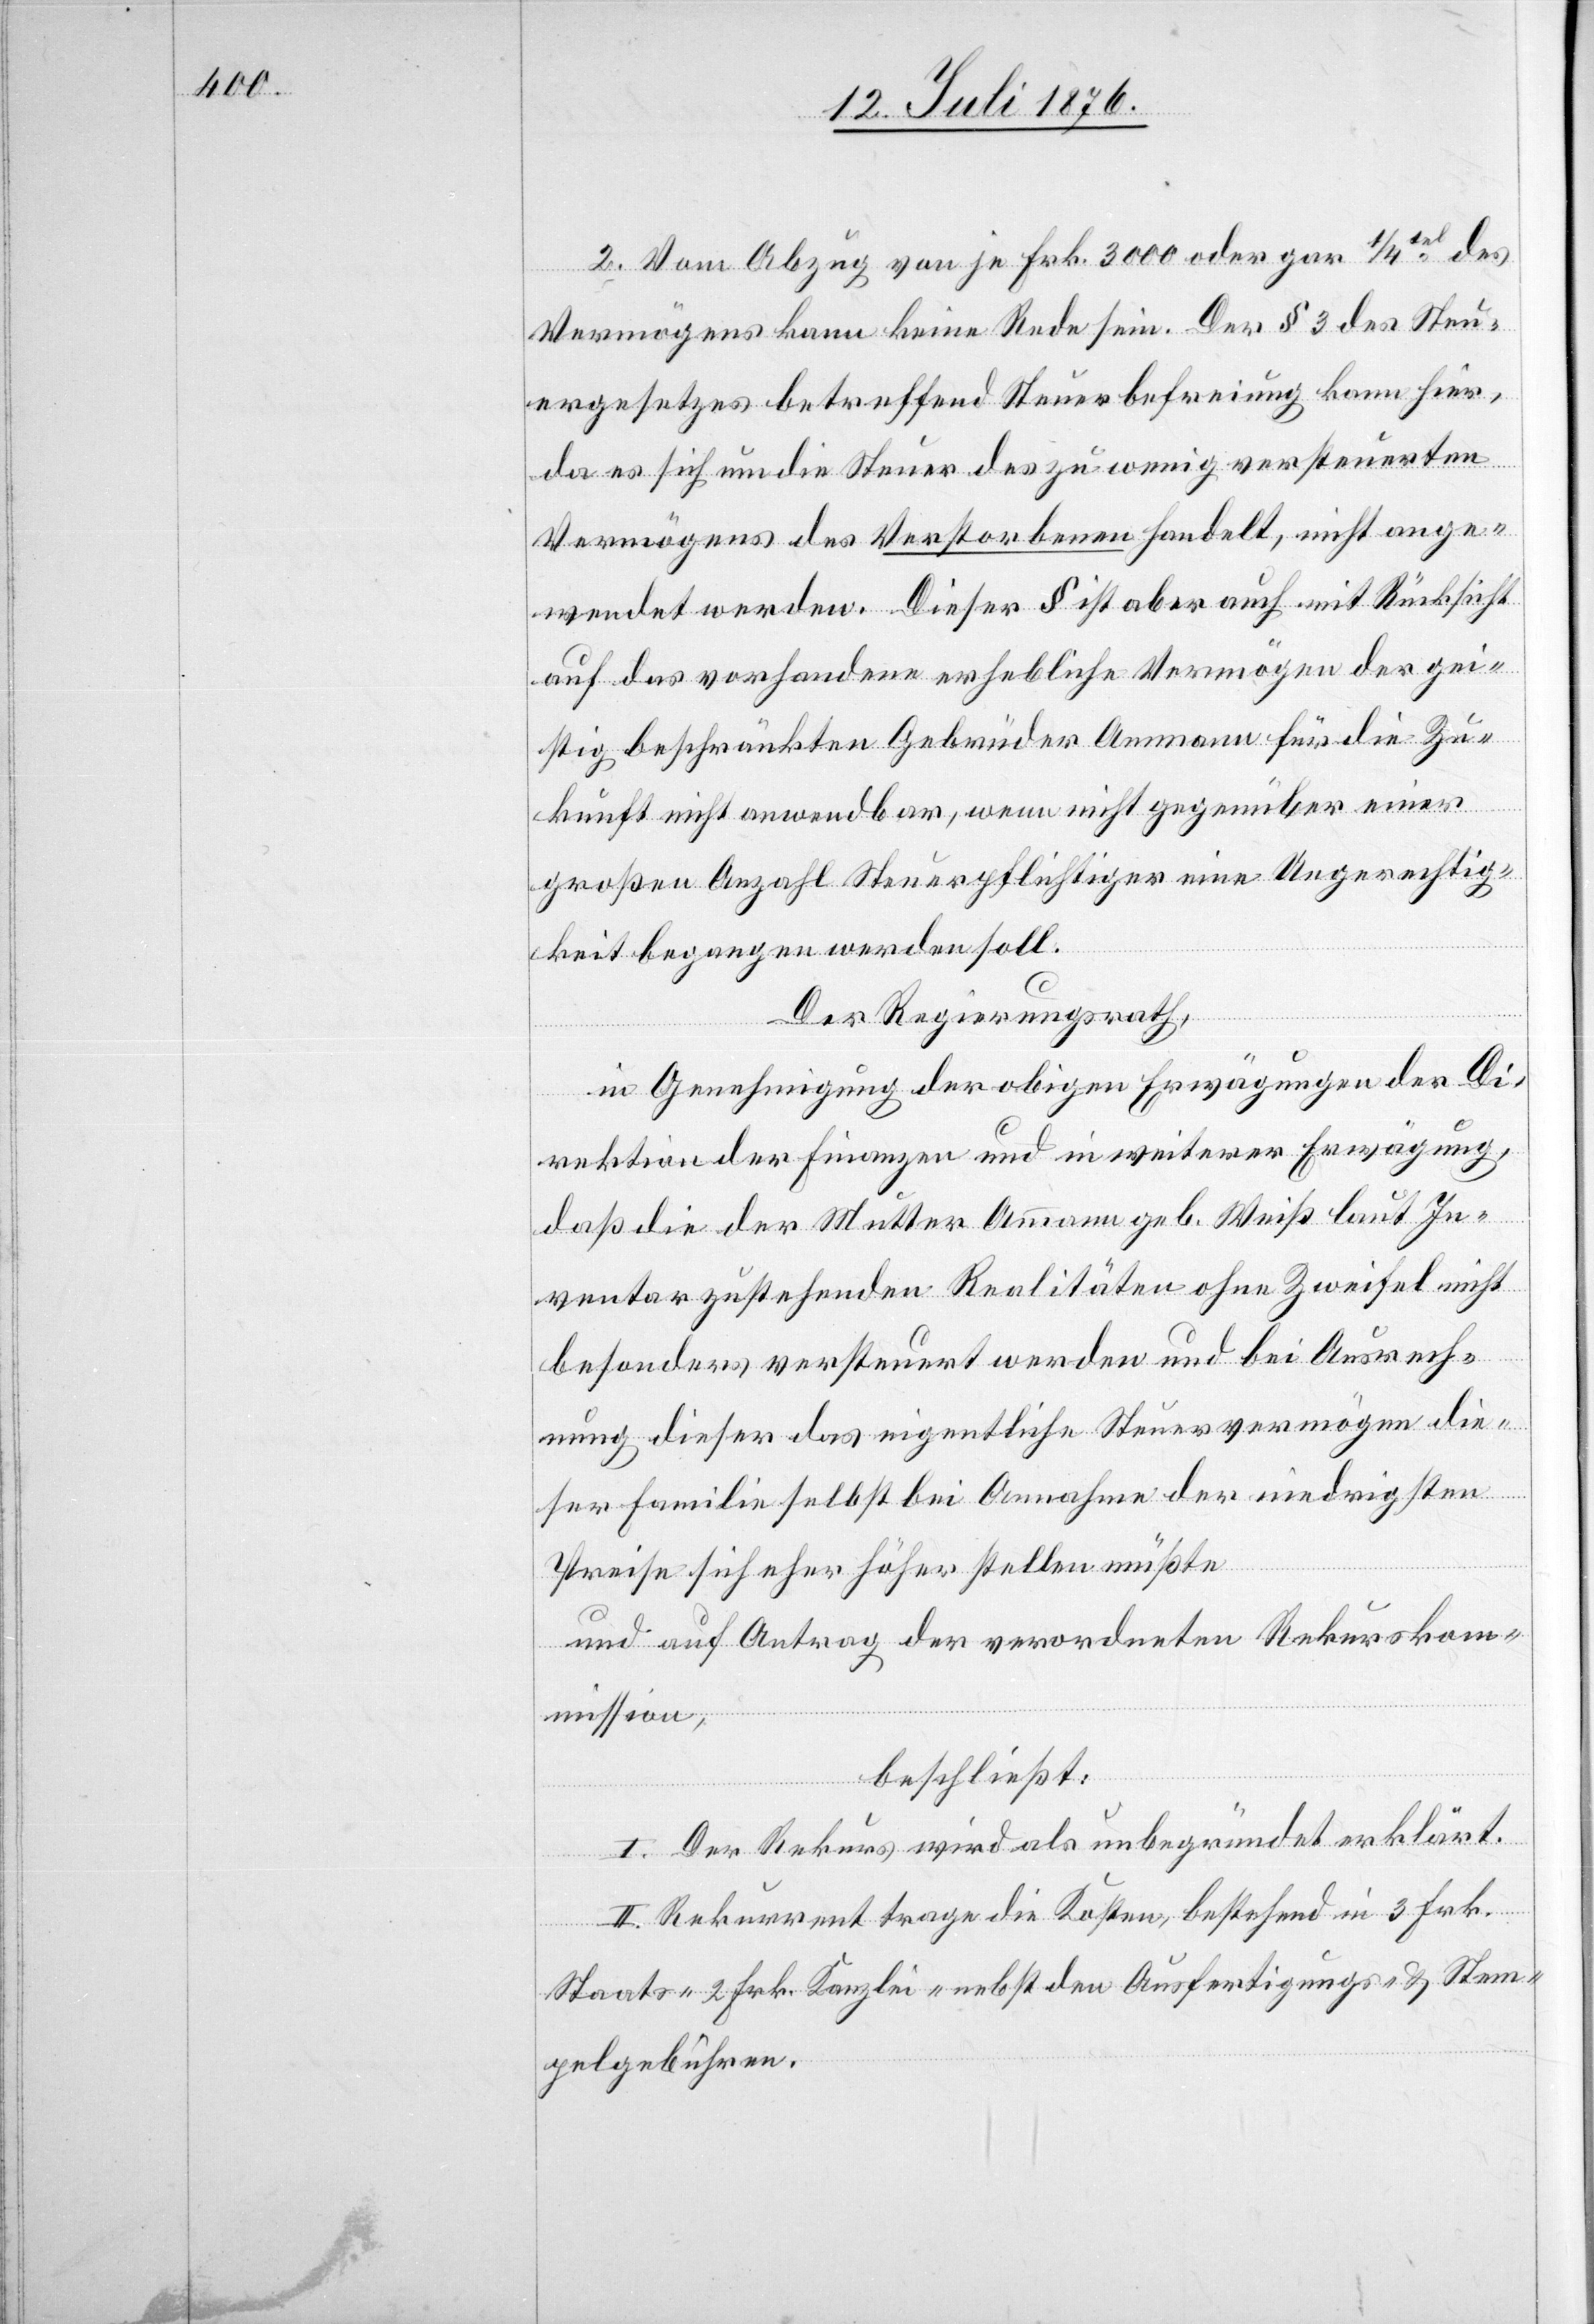
2. Vom Abzug von je Frk. 3000 oder gar 1/4tel des
Vermögens kann keine Rede sein. Der § 3 des Steu¬
ergesetzes betreffend Steuerbefreiung kann hier,
da es sich um die Steuer des zu wenig versteuerten
Vermögens des Verstorbenen handelt, nicht ange¬
wendet werden. Dieser § ist aber auch mit Rücksicht
auf das vorhandene erhebliche Vermögen der gei¬
stig beschränkten Gebürder Ammann für die Zu¬
kunft nicht anwendbar, wenn nicht gegenüber einer
großen Anzahl Steuerpflichtiger eine Ungerechtig¬
keit begangen werden soll.
Der Regierungsrath,
in Genehmigung der obigen Erwägungen der Di¬
rektion der Finanzen und in weiterer Erwägung,
daß die der Mutter Ammann geb. Weiß laut In¬
ventar zustehenden Realitäten ohne Zweifel nicht
besonders versteuert werden und bei Ausrech¬
nung dieser das eigentliche Steuervermögen die¬
ser Familie selbst bei Annahme der niedrigsten
Prise sich eher höher stellen müßte
und auf Antrag der verordneten Rekurskom¬
mission,
beschließt:
I. Der Rekurs wird als unbegründet erklärt.
II. Rekurrent trage die Kosten, bestehend in 3 Frk.
Staats- 2 Frk. Kanzlei- nebst den Ausfertigungs- und Stem¬
pelgebühren.